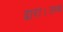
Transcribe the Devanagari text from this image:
द्वारा।तथ्य